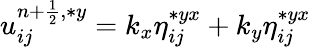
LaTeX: \begin{array}{r}{u_{ij}^{{n+\frac{1}{2}},\ast y}=k_{x}\eta_{ij}^{\ast{yx}}+k_{y}\eta_{ij}^{\ast{yx}}}\end{array}